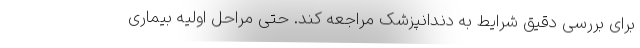
برای بررسی دقیق شرایط به دندانپزشک مراجعه کند. حتی مراحل اولیه بیماری